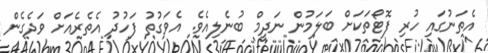
އެތަނުގައި ހުރި ފޮޓޯތަކަށް ބަލަމުން ނަދީމް ބުނެލިއެވެ. އެވަގުތު ފަހުދު އެތެރެއަށް ވަދެގެން